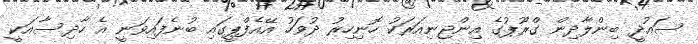
ސައުދީ ބިންލާދިން ގްރޫޕުގެ އިންޖިނިއަރަކު ހޮނިހިރު ދުވަހު އޭއެފްޕީގައި ބުނެފައިވަނީ އެ ހާދިސާއަކީ